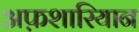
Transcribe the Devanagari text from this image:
अफ़शारियान